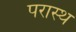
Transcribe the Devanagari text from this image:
परास्थ